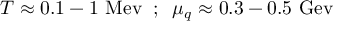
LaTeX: T \approx 0 . 1 - 1 ~ \mathrm { M e v } \; \; ; \; \; \mu _ { q } \approx 0 . 3 - 0 . 5 ~ \mathrm { G e v }